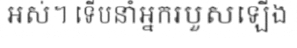
អស់។ ទើបនាំអ្នករបួសឡើង